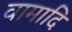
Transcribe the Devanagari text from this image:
वामादि